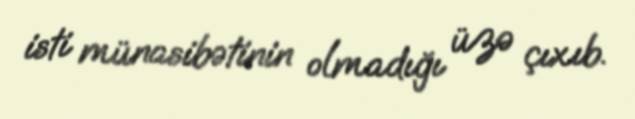
isti münasibətinin olmadığı üzə çıxıb.